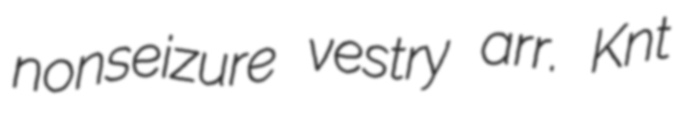
nonseizure vestry arr. Knt